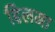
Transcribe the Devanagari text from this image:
हिलमा